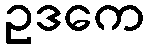
ဥဒကေ